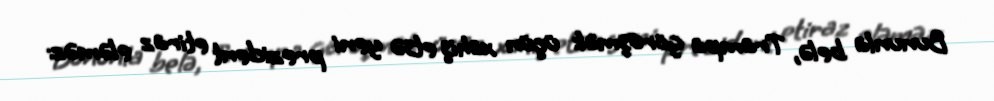
Bununla belə, Trampa görüşmək üçün xahiş etsə yeni prezident etiraz eləməz: